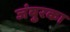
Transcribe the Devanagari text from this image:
जंबुरका